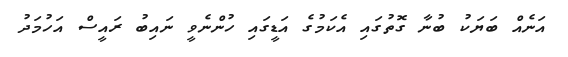
އަނެއް ބަޔަކު ބުނާ ގޮތުގައި އެކަމުގެ އަޑީގައި ހުންނެވީ ނައިބު ރައީސް އަހުމަދު